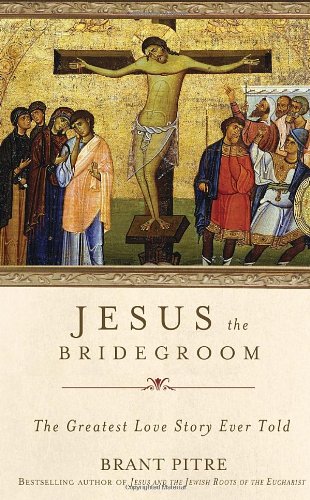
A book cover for Jesus the Bridegroom: The Greatest Love Story Ever Told; Brant Pitre; Christian Books & Bibles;